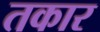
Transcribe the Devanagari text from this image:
तकार